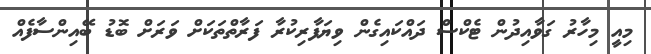
މިއީ މިހާރު ގަވާއިދުން ޓެކްސް ދައްކައިގެން ވިޔަފާރިކުރާ ފަރާތްތަކަށް ވަރަށް ބޮޑު ބޭއިންސާފެއް